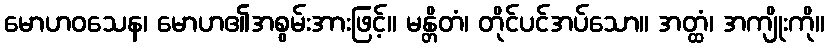
မောဟဝသေန၊ မောဟ၏အစွမ်းအားဖြင့်။ မန္တိတံ၊ တိုင်ပင်အပ်သော။ အတ္ထံ၊ အကျိုးကို။